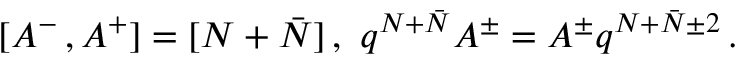
[ A ^ { - } \, , A ^ { + } ] = [ N + \bar { N } ] \, , \, \, q ^ { N + \bar { N } } A ^ { \pm } = A ^ { \pm } q ^ { N + \bar { N } \pm 2 } \, .